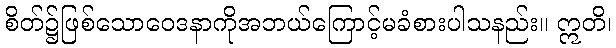
စိတ်၌ဖြစ်သောဝေဒနာကိုအဘယ်ကြောင့်မခံစားပါသနည်း။ ဣတိ၊